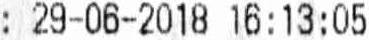
: 29-06-2018 16:13:05